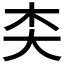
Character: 𪥄